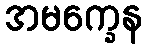
အမက္ခေန